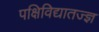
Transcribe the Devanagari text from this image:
पक्षिविद्यातज्‍ज्ञ